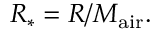
R _ { * } = R / M _ { \mathrm { a i r } } .